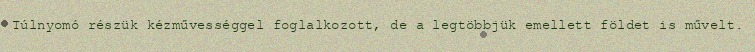
Túlnyomó részük kézművességgel foglalkozott, de a legtöbbjük emellett földet is művelt.